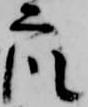
衆